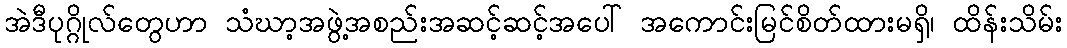
အဲဒီပုဂ္ဂိုလ်တွေဟာ သံဃာ့အဖွဲ့အစည်းအဆင့်ဆင့်အပေါ် အကောင်းမြင်စိတ်ထားမရှိ၊ ထိန်းသိမ်း